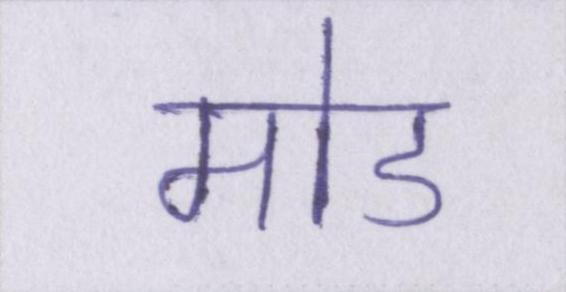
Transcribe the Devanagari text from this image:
मोड